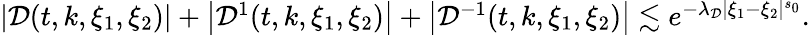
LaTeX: \begin{array}{r}{\left|\mathcal{D}(t,k,\xi_{1},\xi_{2})\right|+\left|\mathcal{D}^{1}(t,k,\xi_{1},\xi_{2})\right|+\left|\mathcal{D}^{-1}(t,k,\xi_{1},\xi_{2})\right|\lesssim e^{-\lambda_{\mathcal{D}}|\xi_{1}-\xi_{2}|^{s_{0}}}.}\end{array}